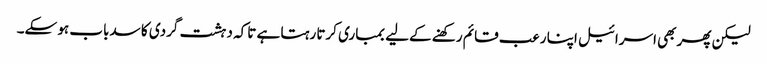
لیکن پھر بھی اسرائیل اپنا رعب قائم رکھنے کےلیے بمباری کرتا رہتا ہے تاکہ دہشت گردی کا سدباب ہو سکے۔